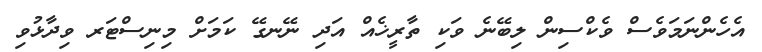
އެހެންނަމަވެސް ވެކްސިން ލިބޭނެ ވަކި ތާރީޚެއް އަދި ނޭނގޭ ކަމަށް މިނިސްޓަރ ވިދާޅުވި